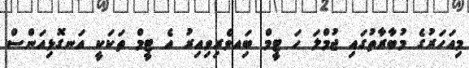
މިއަހަރުގެ މުބާރާތުގައި ޖުމްލަ ހަ ޓީމް ބަިއވެރިވިއިރު އެ ޓީމް ތަކަކީ އަނގޮޅިއަންސް